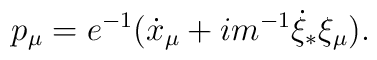
p_\mu=e^{-1}(\dot{x}_\mu+im^{-1}\dot{\xi}_*\xi_\mu).